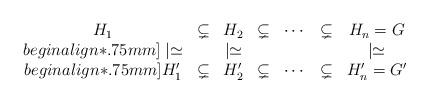
LaTeX: \begin{align*} \begin{matrix}H_1 & \subsetneq & H_2 & \subsetneq & \cdots & \subsetneq & H_n = G \\begin{align*}.75mm]\mid \simeq & & \mid \simeq & & & & \mid \simeq \\begin{align*}.75mm]H_1' & \subsetneq & H_2' & \subsetneq & \cdots & \subsetneq & H_n' = G' \end{matrix}\end{align*}